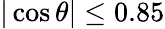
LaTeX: |\cos\theta|\le 0.85